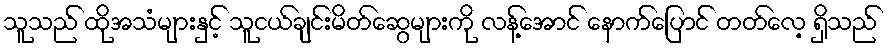
သူသည် ထိုအသံများနှင့် သူငယ်ချင်းမိတ်ဆွေများကို လန့်အောင် နောက်ပြောင် တတ်လေ့ ရှိသည်